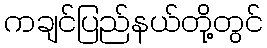
ကချင်ပြည်နယ်တို့တွင်